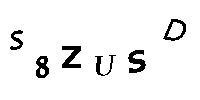
S8ZUSD